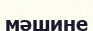
мәшине